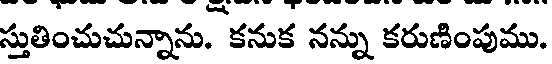
స్తుతించుచున్నాను. కనుక నన్ను కరుణింపుము.